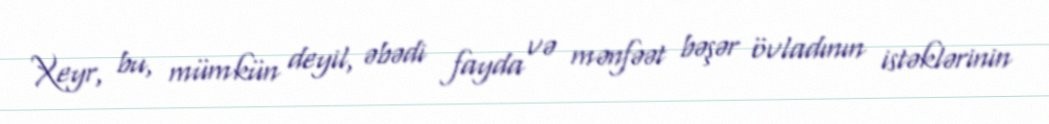
Xeyr, bu, mümkün deyil, əbədi fayda və mənfəət bəşər övladının istəklərinin